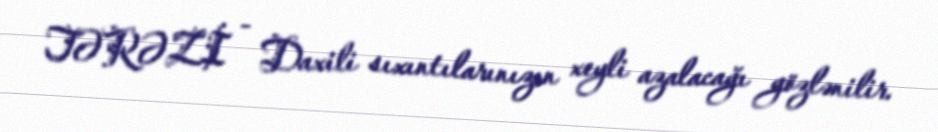
TƏRƏZİ - Daxili sıxıntılarınızın xeyli azalacağı gözlənilir.